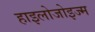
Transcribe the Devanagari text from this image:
हाइलोजोइज्म